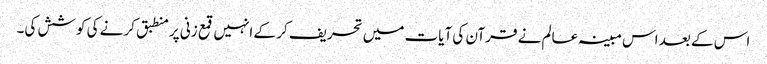
اس کے بعد اس مبینہ عالم نے قرآن کی آیات میں تحریف کر کے انہیں قمع زنی پر منطبق کرنے کی کوشش کی۔